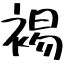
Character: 裼